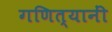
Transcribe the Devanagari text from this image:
गणित्यानीं